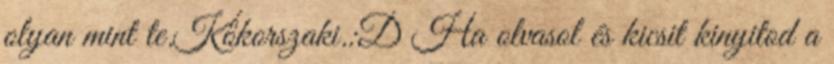
olyan mint te.Kőkorszaki.:D Ha olvasol és kicsit kinyitod a